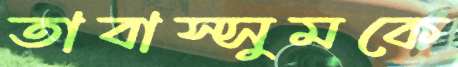
তাবাস্সুমকে